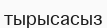
тырысасыз